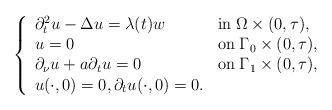
LaTeX: \begin{align*}\left\{\begin{array}{lll} \partial _t^2 u - \Delta u = \lambda (t)w &\mbox{in}\; \Omega \times (0,\tau), \\u = 0 &\mbox{on}\; \Gamma _0 \times (0,\tau), \\\partial _\nu u +a\partial _tu=0 &\mbox{on}\; \Gamma _1 \times (0,\tau), \\u(\cdot ,0) = 0,\partial_t u (\cdot ,0) = 0.\end{array}\right.\end{align*}